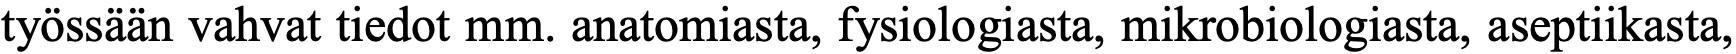
työssään vahvat tiedot mm. anatomiasta, fysiologiasta, mikrobiologiasta, aseptiikasta,